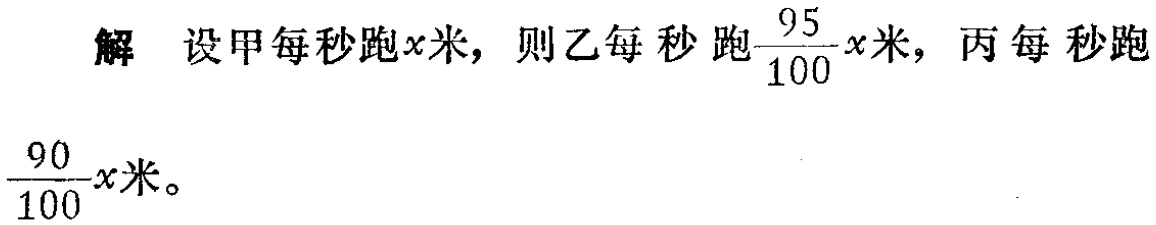
解 设甲每秒跑\(x\)米，则乙每秒跑\(\frac{95}{100}x\)米，丙每秒跑\(\frac{90}{100}x\)米。